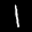
Label: 1